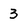
Character: 3